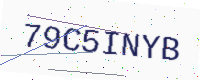
Text: 79C5INYB